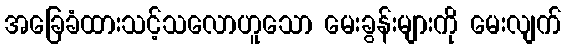
အခြေခံထားသင့်သလောဟူသော မေးခွန်းများကို မေးလျက်